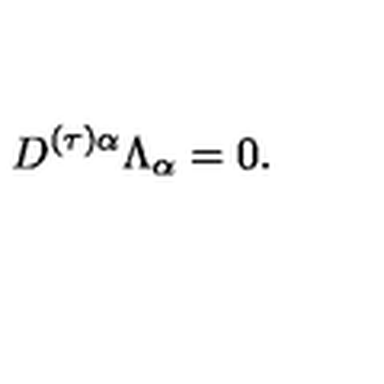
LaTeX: D ^ { ( \tau ) \alpha } \Lambda _ { \alpha } = 0 .